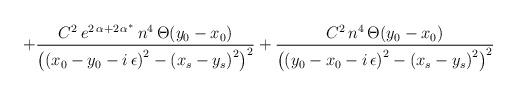
LaTeX: \begin{align*}+\frac{C^{2}\, e^{2\, \alpha +2\, \alpha ^{*}}\, n^{4}\, \Theta (y_{0}-x_{0})}{\left( \left( x_{0}-y_{0}-i\, \epsilon \right) ^{2}-\left(x_{s}-y_{s}\right) ^{2}\right) ^{2}}+\frac{C^{2}\, n^{4}\, \Theta (y_{0}-x_{0})}{\left( \left( y_{0}-x_{0}-i\, \epsilon \right) ^{2}-\left(x_{s}-y_{s}\right) ^{2}\right) ^{2}}\end{align*}